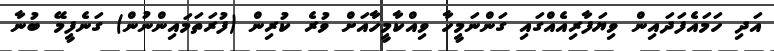
އަދި ހަމައެފަދައިން ވިޔަފާރިއެއްގައި ގަންނަމީހާ ވިއްކާމީހާއަށް ވުރެ ކުރިން (ފުރަތަމައިންނުން) ގަނެފީމޭ ބުނާ